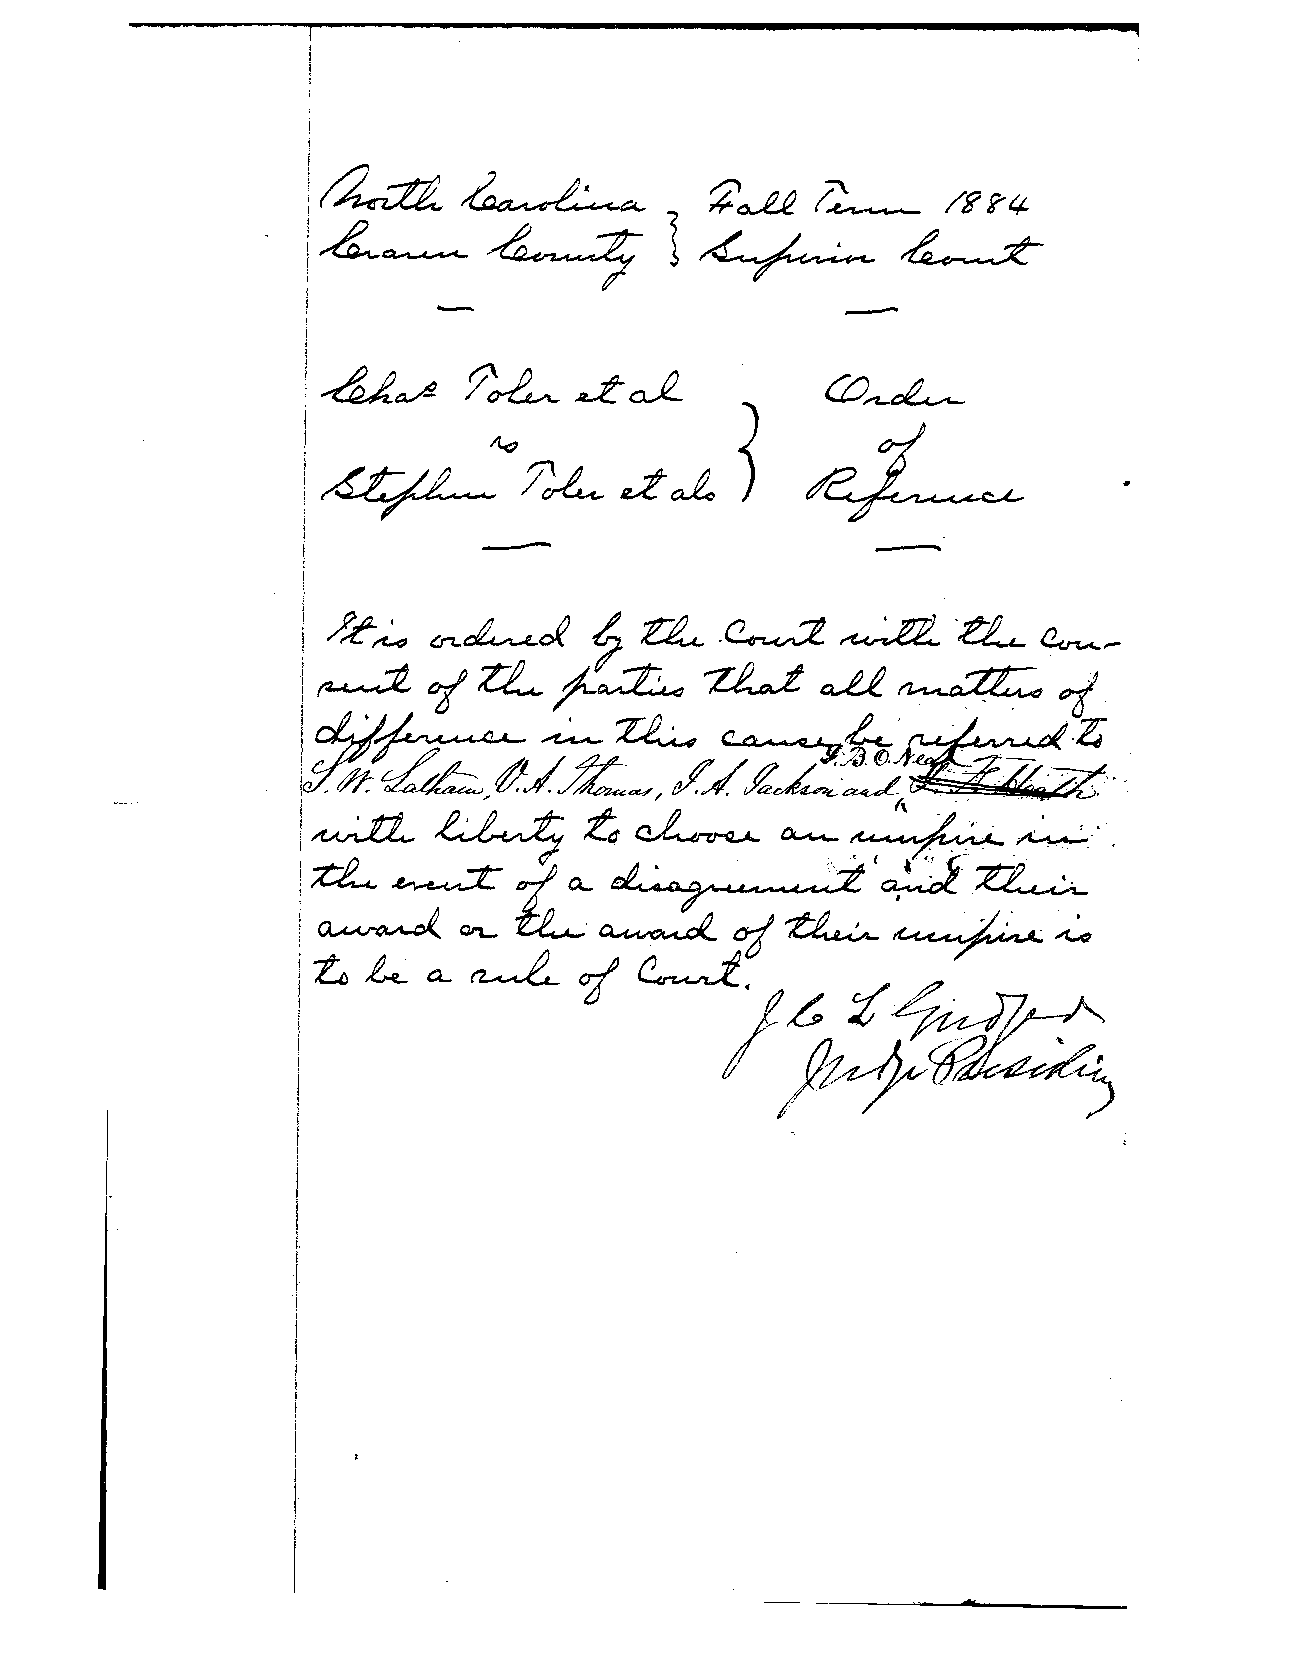
i
 I /}  -r/J';;    -1.
 ~
 /\
 j
 (~~t::4-                  ~~     {.~..    /R?'I.
 'I~~                      1        ~        ~
 i
 j        -                          ­
 I
 ~afi                              (()~
 I          Yo' -L. J-a.£     .
 )
 1~~?Le:t~
 I
 i